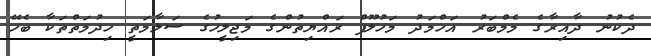
ދެކުނު ދާއިރާގެ މެމްބަރު އަހްމަދު މަހުލޫފް ރައްޔިތުންގެ މަޖިލީހުގެ ސަލާމަތީ ހިދުމަތްތަކާ ބެހޭ